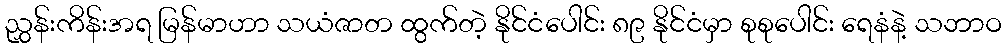
ညွှန်းကိန်းအရ မြန်မာဟာ သယံဇာတ ထွက်တဲ့ နိုင်ငံပေါင်း ၈၉ နိုင်ငံမှာ စုစုပေါင်း ရေနံနဲ့ သဘာဝ